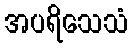
အပရိသေသံ